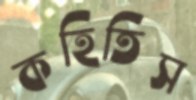
কহিতিস